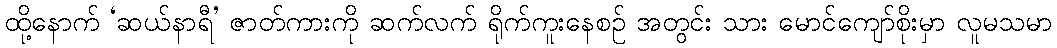
ထို့နောက် ‘ဆယ်နာရီ’ ဇာတ်ကားကို ဆက်လက် ရိုက်ကူးနေစဉ် အတွင်း သား မောင်ကျော်စိုးမှာ လူမသမာ